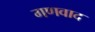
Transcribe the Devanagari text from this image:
गणवाद